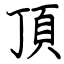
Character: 頂